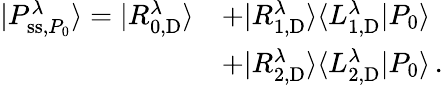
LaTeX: \begin{array}{rl}{|P_{\mathrm{ss},P_{0}}^{\lambda}\rangle=|R_{0,\mathrm{D}}^{\lambda}\rangle}&{+|R_{1,\mathrm{D}}^{\lambda}\rangle\langle L_{1,\mathrm{D}}^{\lambda}|P_{0}\rangle}\\ &{+|R_{2,\mathrm{D}}^{\lambda}\rangle\langle L_{2,\mathrm{D}}^{\lambda}|P_{0}\rangle\, .}\end{array}